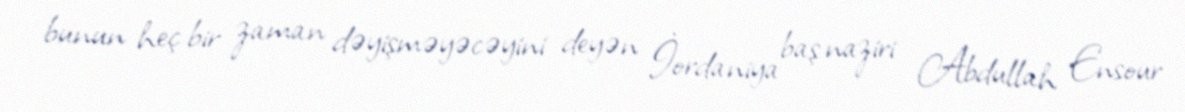
bunun heç bir zaman dəyişməyəcəyini deyən İordaniya baş naziri Abdullah Ensour